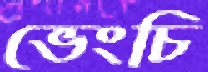
ভেংচি